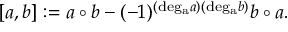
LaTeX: [ a , b ] : = a \circ b - ( - 1 ) ^ { ( \mathrm { d e g _ { a } } a ) ( \mathrm { d e g _ { a } } b ) } b \circ a .